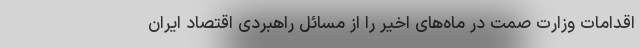
اقدامات وزارت صمت در ماه‌های اخیر را از مسائل راهبردی اقتصاد ایران